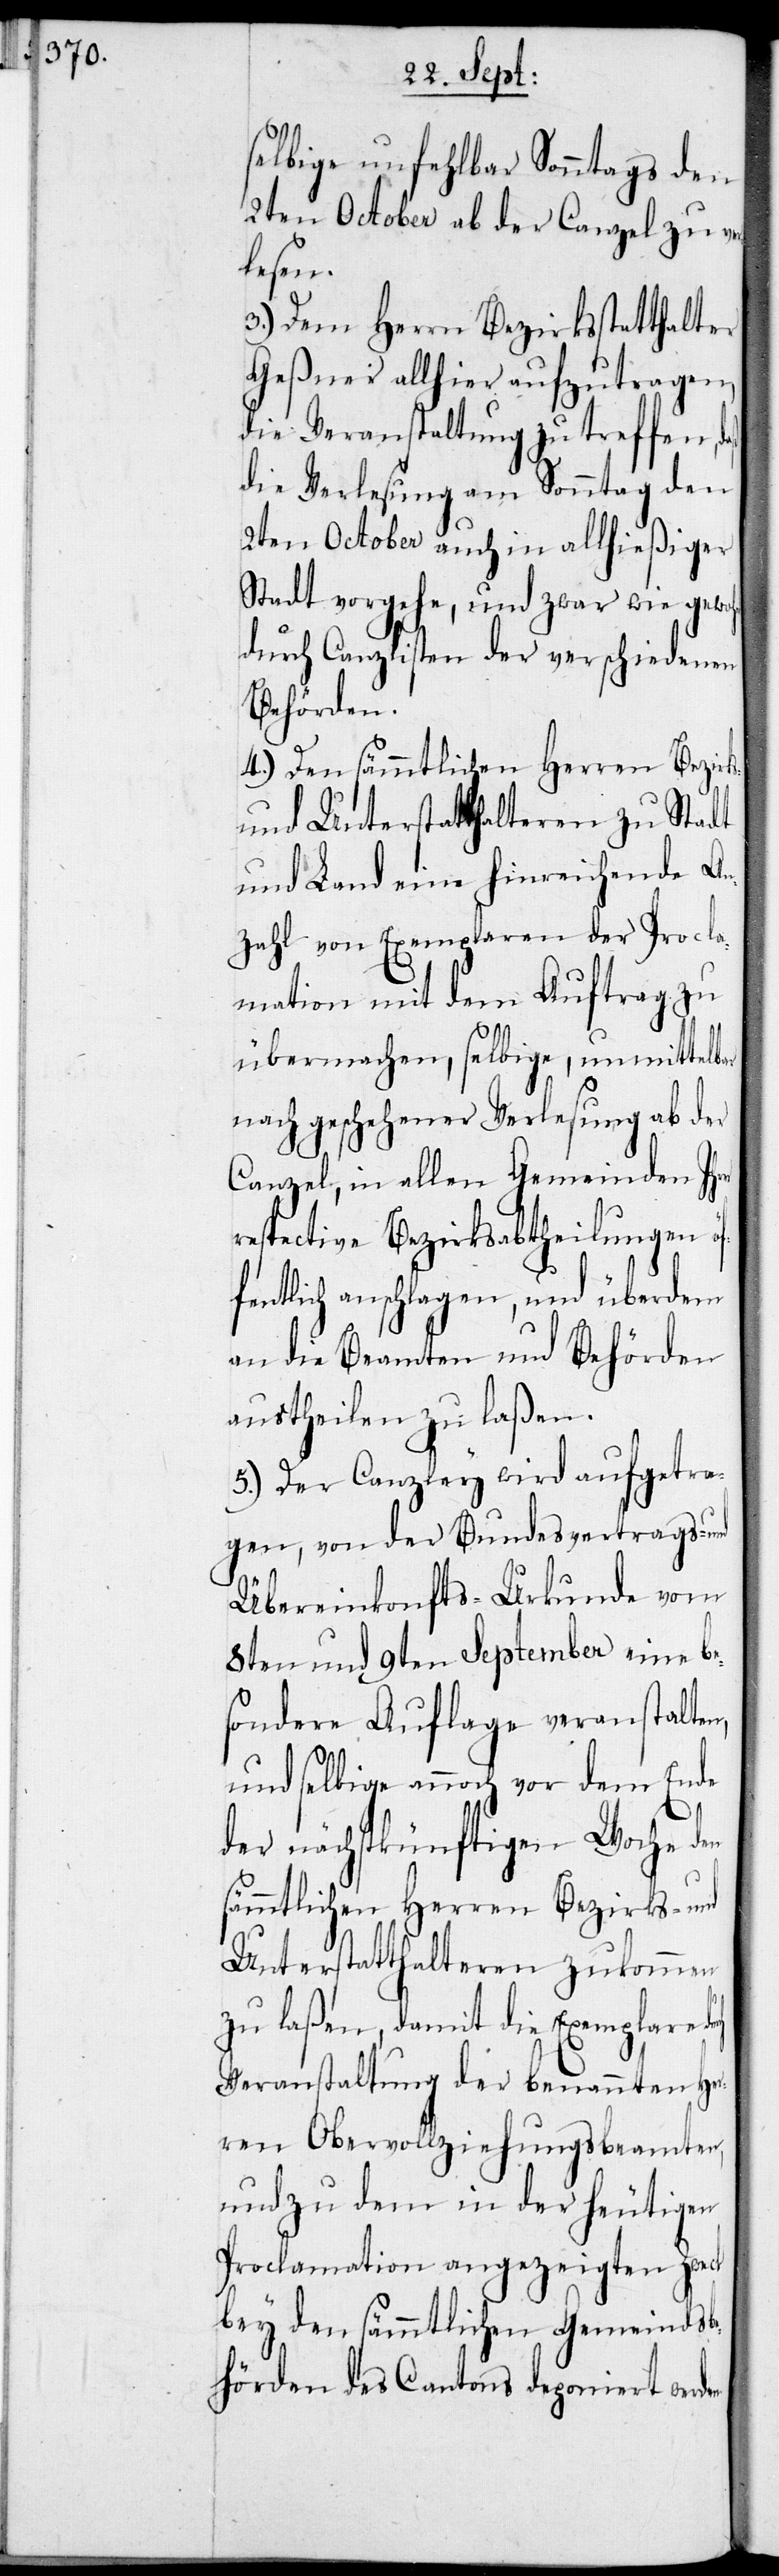
selbige unfehlbar Sonntags den
2ten October ab der Canzel zu ver¬
en.
3.) Dem Herrn Bezirksstatthalter
Geßner allhier aufzutragen,
die Veranstaltung zu treffen, daß
die Verlesung am Sonntag den
2ten October auch in allhießiger
Stadt vorgehe, und zwar wie gewohnt
durch Canzlisten der verschiedenen
Behörden.
4.) Den sämmtlichen Herren Bezirks-
und Unterstatthalteren zu Stadt
und Land eine hinreichende An¬
zahl von Exemplaren der Procla¬
mation mit dem Auftrag zu
übermachen, selbige, unmittelbar
nach geschehener Verlesung ab der
Canzel, in allen Gemeinden Ihrer
respective Bezirksabtheilungen öf¬
fentlich anschlagen, und überdem
an die Beamten und Behörden
austheilen zu laßen.
5.) Der Canzley wird aufgetra¬
gen, von der Bundesvertrags- und
Übereinkonfts-Urkunde vom
8ten und 9ten September eine be¬
sondere Auflage veranstalten,
und selbige annoch vor dem Ende
der nächstkünftigen Woche den
sämmtlichen Herren Bezirks- und
Unterstatthalteren zukommen
zu laßen, damit die Exemplare
Veranstaltung der benannten Her¬
ren Obervollziehungsbeamten,
und zu dem in der heutigen
Proclamation angezeigten Zweck
bey den sämmtlichen Gemeindsbe¬
hörden des Cantons deponiert werd¬